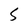
Character: S